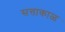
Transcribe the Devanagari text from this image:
सत्ताकाळ